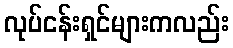
လုပ်ငန်းရှင်များကလည်း